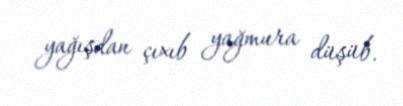
yağışdan çıxıb yağmura düşüb.